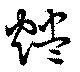
燼